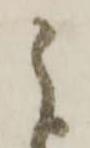
之